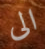
الى